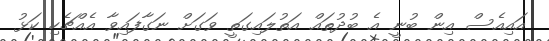
އައިއެސް އިން ބުނީ އެ ބުދުތައް އަތުލައިގަތީ ވަގަށް ނަގާފައިވާ އެއްޗެހި ކަޅު